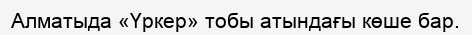
Алматыда «Үркер» тобы атындағы көше бар.